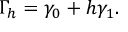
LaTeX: \Gamma _ { h } = \gamma _ { 0 } + h \gamma _ { 1 } .